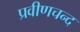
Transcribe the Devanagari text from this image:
प्रवीणचन्द